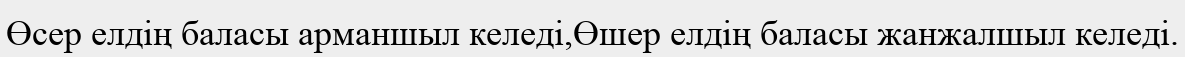
Өсер елдің баласы арманшыл келеді,Өшер елдің баласы жанжалшыл келеді.